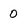
Character: 0